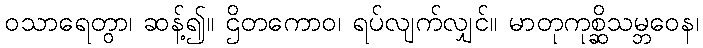
ဝသာရေတွာ၊ ဆန့်၍။ ဌိတကောဝ၊ ရပ်လျက်လျှင်။ မာတုကုစ္ဆိသမ္ဘဝေန၊